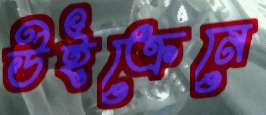
উইক্রেনে